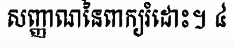
សញ្ញាណនៃពាក្យរំដោះ។ ៤